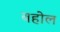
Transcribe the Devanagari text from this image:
बहोल